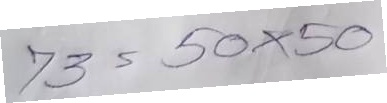
73 = 50x50